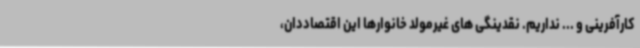
کارآفرینی و ... نداریم. نقدینگی های غیرمولد خانوارها این اقتصاددان،